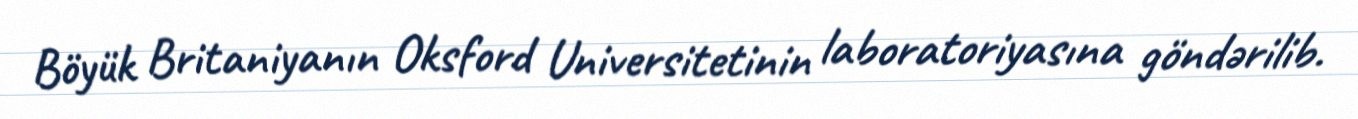
Böyük Britaniyanın Oksford Universitetinin laboratoriyasına göndərilib.